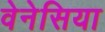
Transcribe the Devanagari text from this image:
वेनेसिया